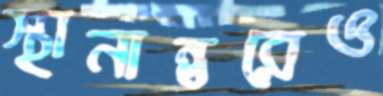
স্থানান্তরেও